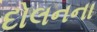
દોલનના